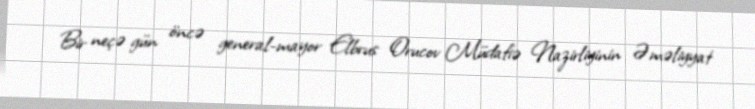
Bir neçə gün öncə general-mayor Elbrus Orucov Müdafiə Nazirliyinin Əməliyyat